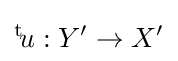
{}^{\text{t}}\!u:Y^{\prime }\to X^{\prime }